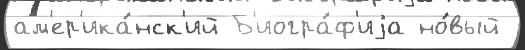
ам'ер'ика́нск'ий Б'иогра́ф'иjа но́вый